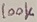
Text: 100K